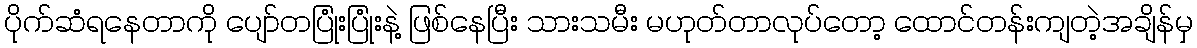
ပိုက်ဆံရနေတာကို ပျော်တပြုံးပြုံးနဲ့ ဖြစ်နေပြီး သားသမီး မဟုတ်တာလုပ်တော့ ထောင်တန်းကျတဲ့အချိန်မှ